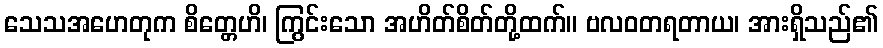
သေသအဟေတုက စိတ္တေဟိ၊ ကြွင်းသော အဟိတ်စိတ်တို့ထက်။ ဗလဝတရတာယ၊ အားရှိသည်၏